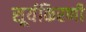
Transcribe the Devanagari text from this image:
सूर्यकिरणी